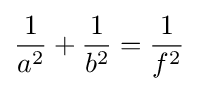
{\frac {1}{a^{2}}}+{\frac {1}{b^{2}}}={\frac {1}{f^{2}}}